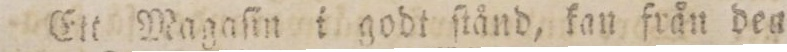
Ett Magaſin i godt ſtånd, kan från den